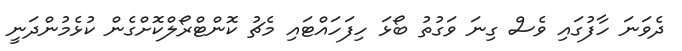
ދެވަނަ ހާފުގައި ވެސް ގިނަ ވަގުތު ބޯޅަ ހިފަހައްޓައި މެޗު ކޮންޓްރޯލްކޮށްގެން ކުޅެމުންދަނީ